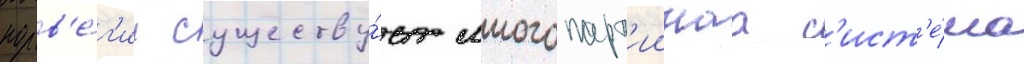
норв'е́г'ии существу́ет многопарт'иинаа с'ист'е́ма